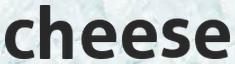
cheese